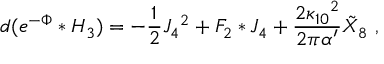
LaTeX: d ( e ^ { - \Phi } * H _ { 3 } ) = - { \frac { 1 } { 2 } } J _ { 4 } { } ^ { 2 } + F _ { 2 } * J _ { 4 } + { \frac { 2 \kappa _ { 1 0 } { } ^ { 2 } } { 2 \pi \alpha ^ { \prime } } } { \tilde { X } } _ { 8 } \ ,